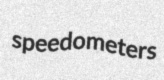
speedometers